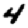
Digit: 4